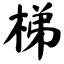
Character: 梯